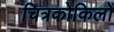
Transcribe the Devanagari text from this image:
चित्रकोकिलों